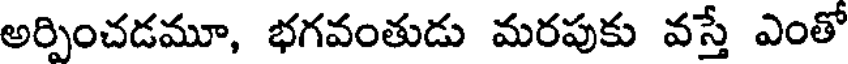
అర్పించడమూ, భగవంతుడు మరపుకు వస్తే ఎంతో